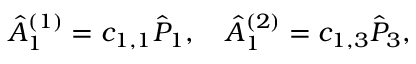
\hat { A } _ { 1 } ^ { ( 1 ) } = c _ { 1 , 1 } \hat { P } _ { 1 } , \quad \hat { A } _ { 1 } ^ { ( 2 ) } = c _ { 1 , 3 } \hat { P } _ { 3 } ,